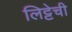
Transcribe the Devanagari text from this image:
लिट्टेची